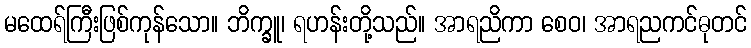
မထေရ်ကြီးဖြစ်ကုန်သော။ ဘိက္ခူ၊ ရဟန်းတို့သည်။ အာရညိကာ စေဝ၊ အာရညကင်ဓုတင်